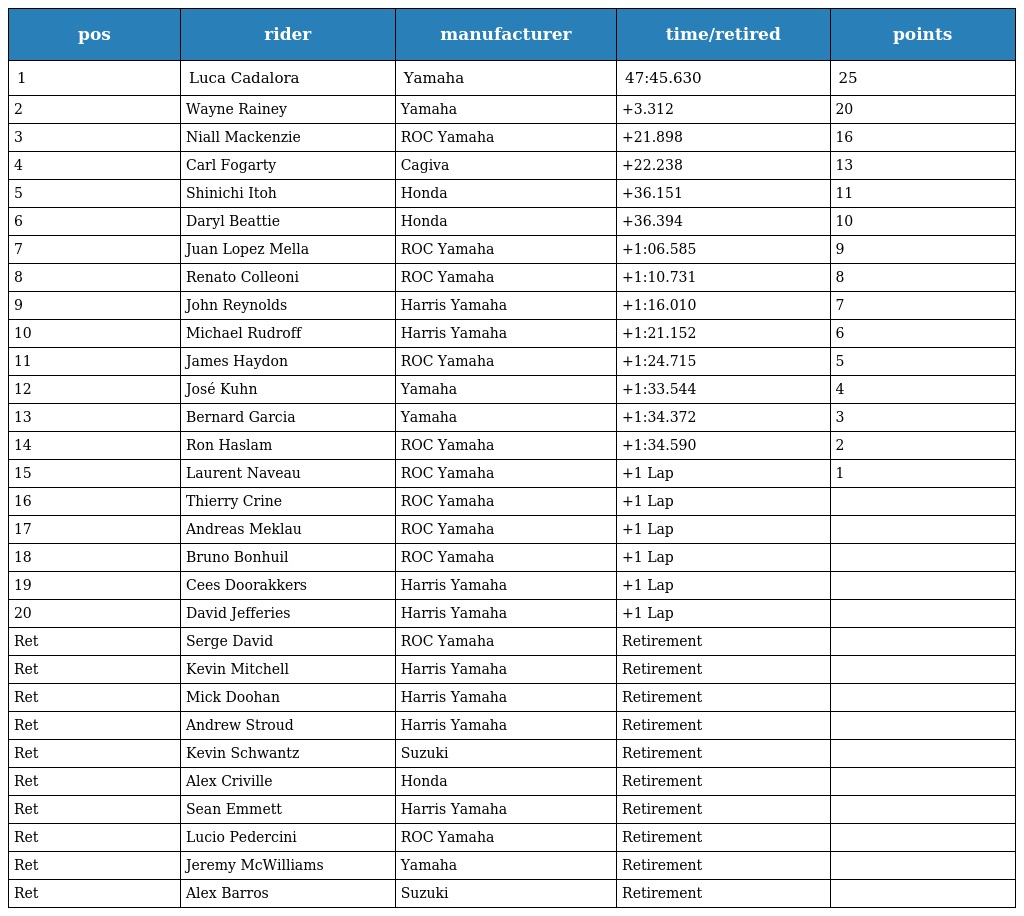
| pos | rider | manufacturer | time/retired | points |
 | --- | --- | --- | --- | --- |
 | 1 | Luca Cadalora | Yamaha | 47:45.630 | 25 |
 | 2 | Wayne Rainey | Yamaha | +3.312 | 20 |
 | 3 | Niall Mackenzie | ROC Yamaha | +21.898 | 16 |
 | 4 | Carl Fogarty | Cagiva | +22.238 | 13 |
 | 5 | Shinichi Itoh | Honda | +36.151 | 11 |
 | 6 | Daryl Beattie | Honda | +36.394 | 10 |
 | 7 | Juan Lopez Mella | ROC Yamaha | +1:06.585 | 9 |
 | 8 | Renato Colleoni | ROC Yamaha | +1:10.731 | 8 |
 | 9 | John Reynolds | Harris Yamaha | +1:16.010 | 7 |
 | 10 | Michael Rudroff | Harris Yamaha | +1:21.152 | 6 |
 | 11 | James Haydon | ROC Yamaha | +1:24.715 | 5 |
 | 12 | José Kuhn | Yamaha | +1:33.544 | 4 |
 | 13 | Bernard Garcia | Yamaha | +1:34.372 | 3 |
 | 14 | Ron Haslam | ROC Yamaha | +1:34.590 | 2 |
 | 15 | Laurent Naveau | ROC Yamaha | +1 Lap | 1 |
 | 16 | Thierry Crine | ROC Yamaha | +1 Lap |  |
 | 17 | Andreas Meklau | ROC Yamaha | +1 Lap |  |
 | 18 | Bruno Bonhuil | ROC Yamaha | +1 Lap |  |
 | 19 | Cees Doorakkers | Harris Yamaha | +1 Lap |  |
 | 20 | David Jefferies | Harris Yamaha | +1 Lap |  |
 | Ret | Serge David | ROC Yamaha | Retirement |  |
 | Ret | Kevin Mitchell | Harris Yamaha | Retirement |  |
 | Ret | Mick Doohan | Harris Yamaha | Retirement |  |
 | Ret | Andrew Stroud | Harris Yamaha | Retirement |  |
 | Ret | Kevin Schwantz | Suzuki | Retirement |  |
 | Ret | Alex Criville | Honda | Retirement |  |
 | Ret | Sean Emmett | Harris Yamaha | Retirement |  |
 | Ret | Lucio Pedercini | ROC Yamaha | Retirement |  |
 | Ret | Jeremy McWilliams | Yamaha | Retirement |  |
 | Ret | Alex Barros | Suzuki | Retirement |  |